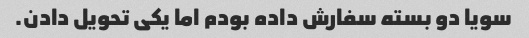
سویا دو بسته سفارش داده بودم اما یکی تحویل دادن.